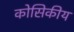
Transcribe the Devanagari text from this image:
कोसिकीय